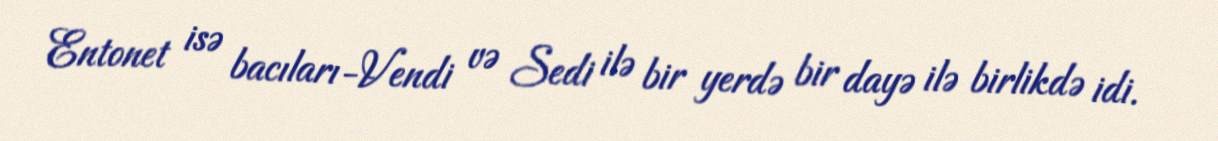
Entonet isə bacıları-Vendi və Sedi ilə bir yerdə bir dayə ilə birlikdə idi.